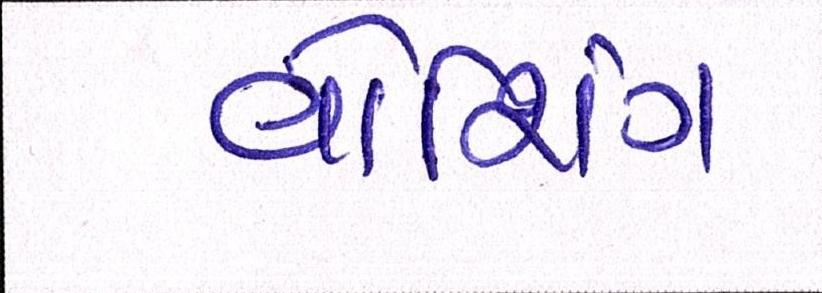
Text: વોશિંગ